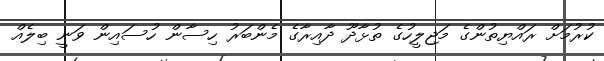
ކުރުމަށް ރައްޔިތުންގެ މަޖިލީހުގެ ތުޅާދޫ ދާއިރާގެ މެންބަރު ހިސާން ހުސައިން ވަނީ ބިލެއް